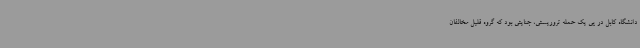
دانشگاه کابل در پی یک حمله تروریستی، جنایتی بود که گروه قلیل مخالفان